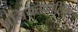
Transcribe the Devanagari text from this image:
अनियतकालिकांत